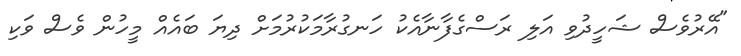
"އޭރުވެސް ޝަހީދުވި އަލި ރަސްގެފާނާއެކު ހަނގުރާމަކުރުމަށް ދިޔަ ބައެއް މީހުން ވެސް ވަކި